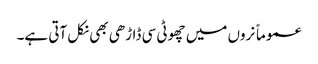
عموماً نروں میں چھوٹی سی ڈاڑھی بھی نکل آتی ہے۔